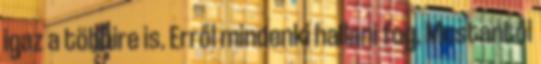
igaz a többire is. Erről mindenki hallani fog. Mostantól